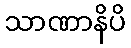
သာဏာနိပိ